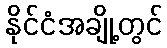
နိုင်ငံအချို့တွင်